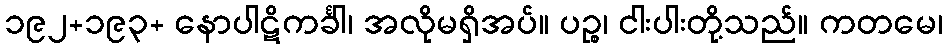
၁၉၂+၁၉၃+ နောပါဋိကင်္ခါ၊ အလိုမရှိအပ်။ ပဉ္စ၊ ငါးပါးတို့သည်။ ကတမေ၊